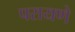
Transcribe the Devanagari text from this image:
परायणे